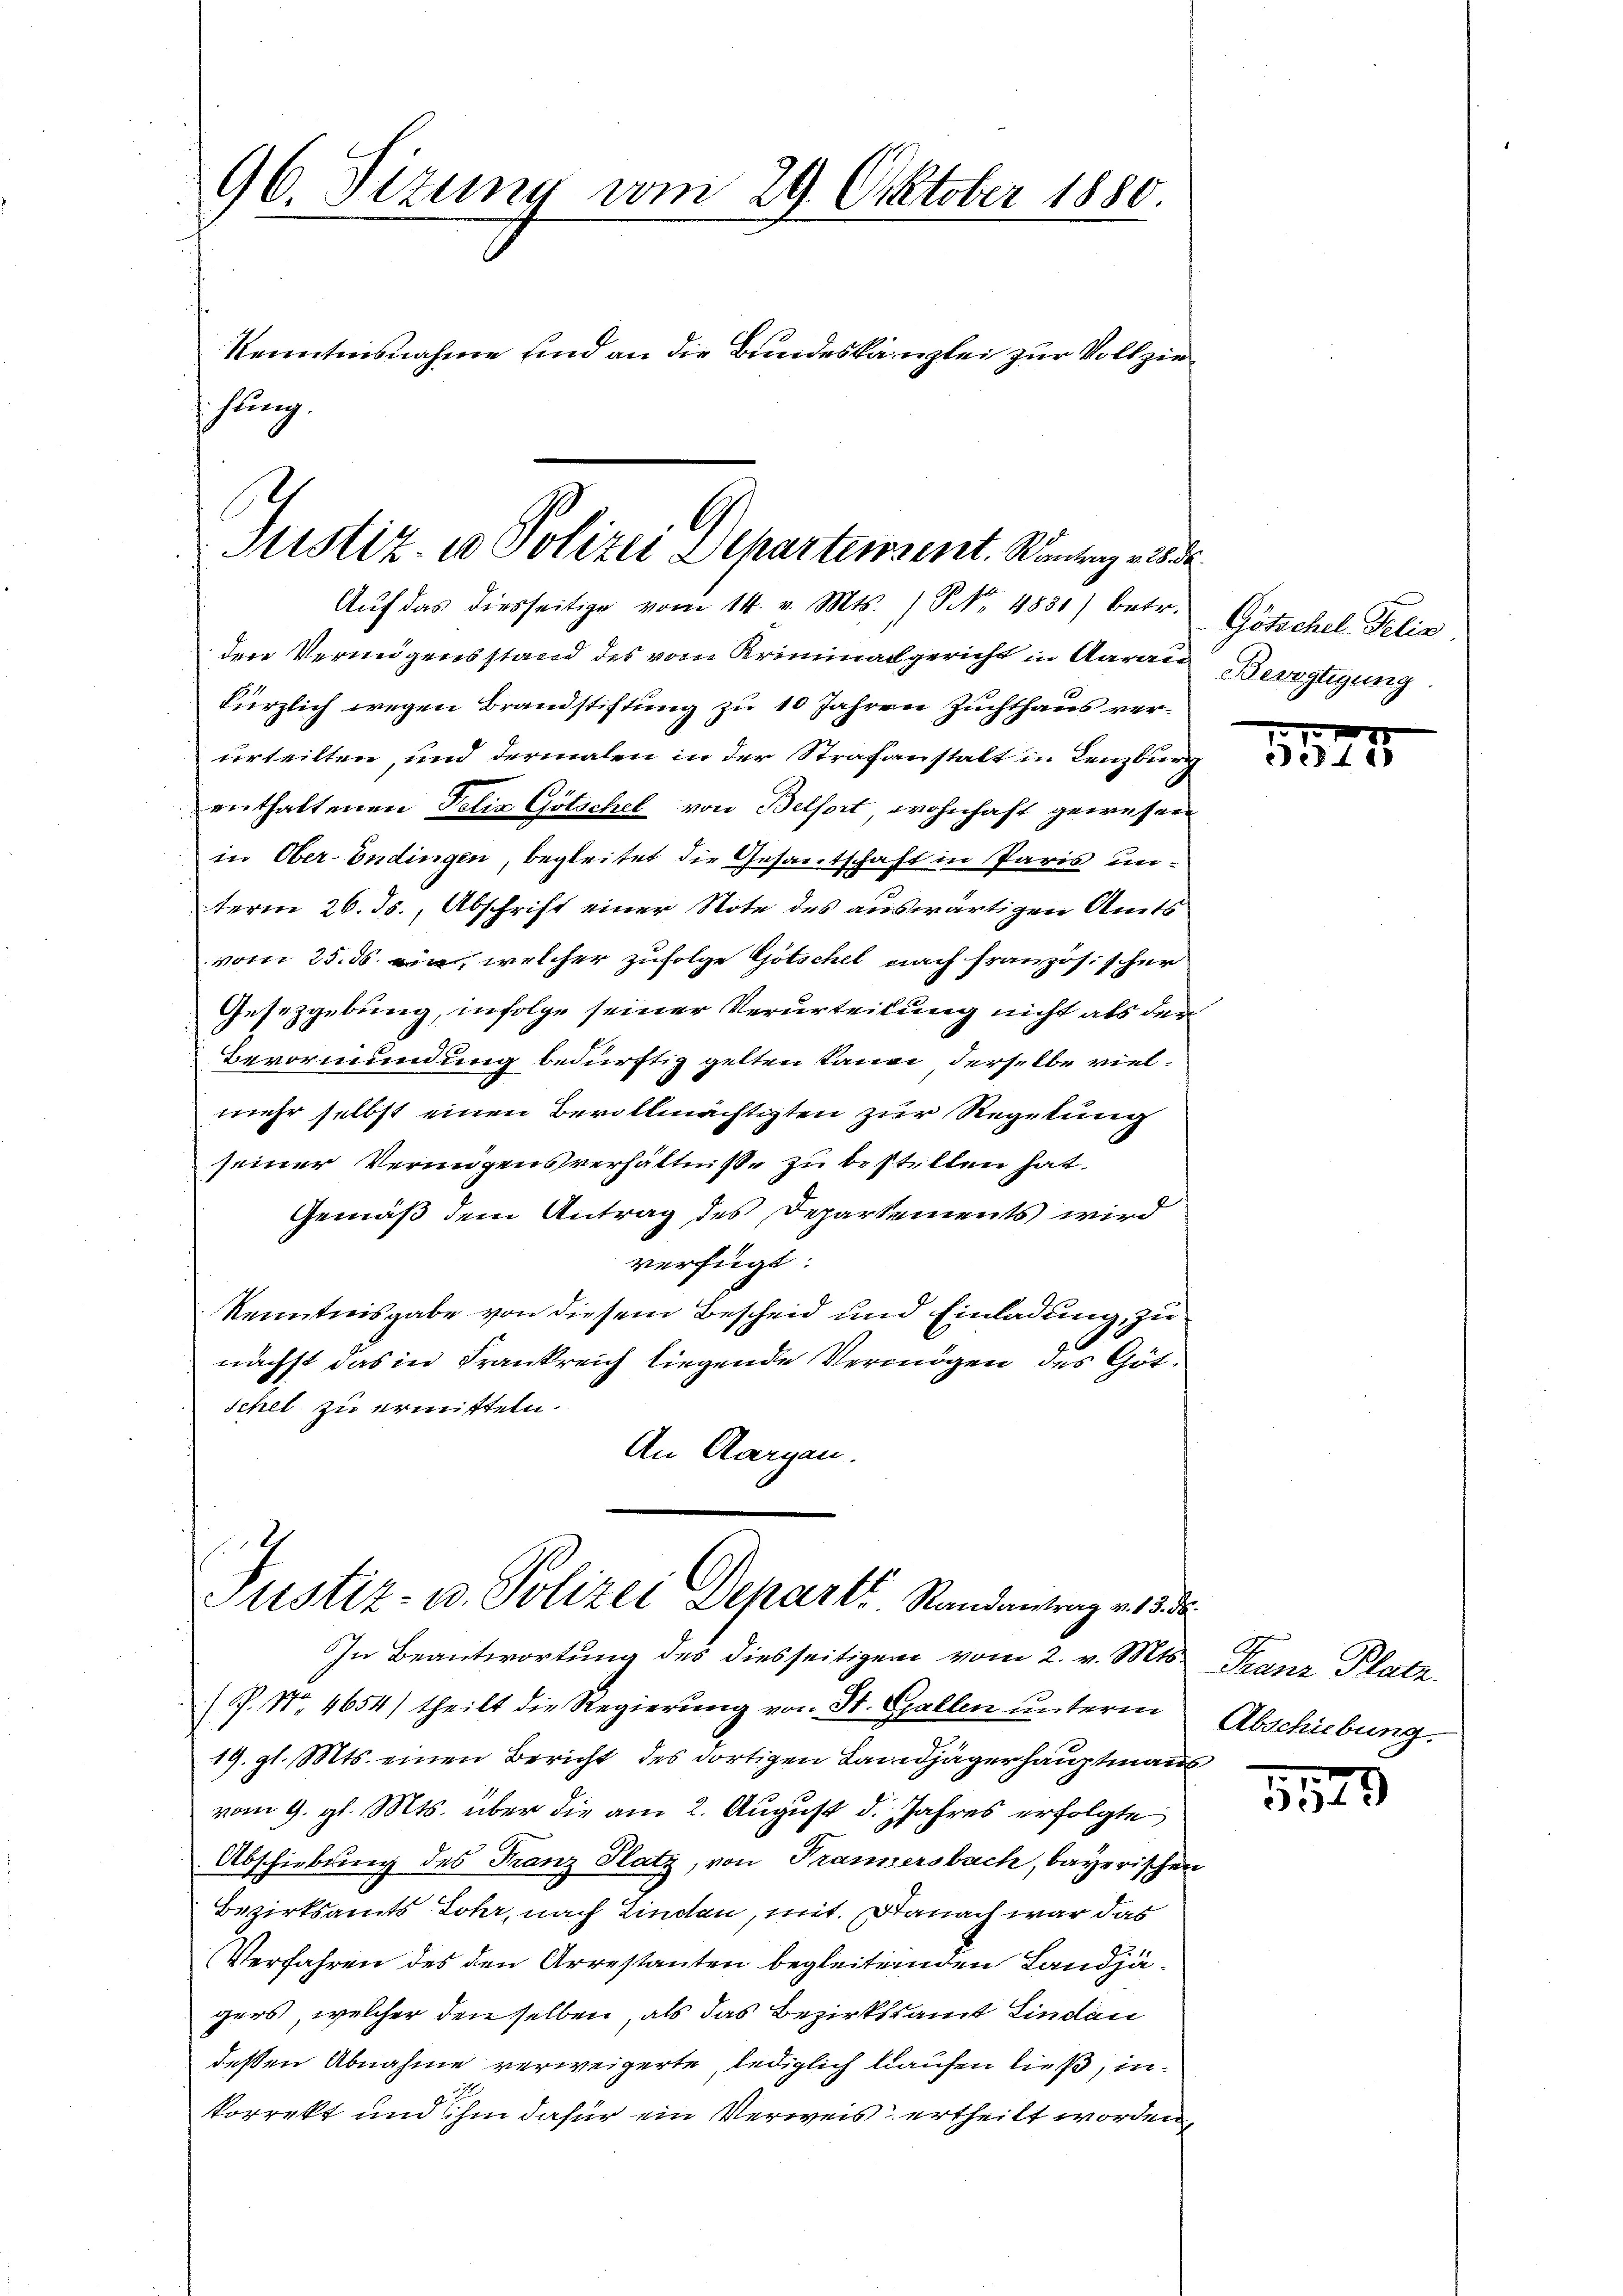
96. Sizung vom 29. Oktober 1880.
Kenntensnahme und an die Bundeskanzlei zur Vollziehung.

Justiz- u Polizei Departement. Ständig wurde
Aŭf das diesseitige vom 14. v. Mts. / NNo. 4831) betr.

den Vermögensstand des vom Kriminalgericht in Aarau
kürzlich wegen Brandstiftung zu 10 Jahren Zuchthaus verurteilten, und dermalen in der Strafanstalt in Lenzburg
enthaltenen Felix Götschel von Belfort, wohnhaft gewesen
in Ober-Endingen, begleitet die Gesantschaft in Paris unterm 26. ds., Abschrift einer Note des auswärtigen Amts
vom 25. ds ein, welcher zufolge Götschel nach französischer
Gesetzgebung, infolge seiner Verurteilung nicht als der
Bevormundung bedürftig gelten Lana derselbe vielmehr selbst einen Bevollmächtigten zur Regelung
seiner Vermögensverhältniß zu bestellen hat.
Gemäß dem Antrag des Departements wird
verfügt
Kenntnisgabe von diesem Bescheid und Einladung, zu
nächst das in Frankreich liegende Vermögen des Götschel zu ermitteln.
An Aargau.

Justiz- u. Polizei Depart. Randantrag v. 3. de
In Beantwortung des diesseitigen vom 2. v. Mts. Franz Platz.

(P. Nr. 4654) theilt die Regierung von St. Gallen unterm
19. gl. Mts. einen Bericht des dortigen Landjägerhauptmanns
vom 9. gl. Mts. über die am 2. August d. Jahres erfolgte
Abschiebung des Franz Platz, von Tramersbach, bayerischen
Bezirksamts Lohr, nach Lindau, mit. Danach war das
Verfahren des den Arrestanten begleiternden Landjägers, welcher den selben, als das Bezirksamt Lindau
deßen Abnahme verweigerte, lediglich kaufen ließ, inkorrekt und ihm dafür ein Verweis ertheilt worden,

Götschel Felix
Bevogtigung.

1575

Abschiebung.

.
31)